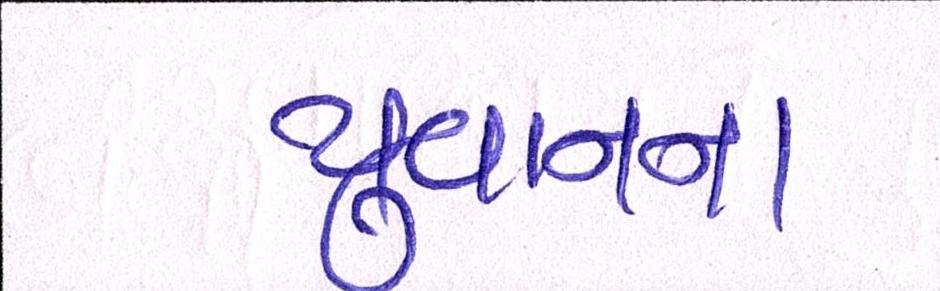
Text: યુવાનના